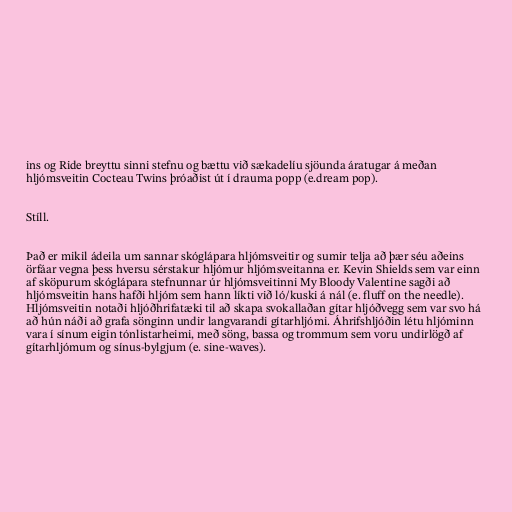
ins og Ride breyttu sinni stefnu og bættu við sækadelíu sjöunda áratugar á meðan
hljómsveitin Cocteau Twins þróaðist út í drauma popp (e.dream pop).

Stíll.

Það er mikil ádeila um sannar skóglápara hljómsveitir og sumir telja að þær séu aðeins
örfáar vegna þess hversu sérstakur hljómur hljómsveitanna er. Kevin Shields sem var einn
af sköpurum skóglápara stefnunnar úr hljómsveitinni My Bloody Valentine sagði að
hljómsveitin hans hafði hljóm sem hann líkti við ló/kuski á nál (e. fluff on the needle).
Hljómsveitin notaði hljóðhrifatæki til að skapa svokallaðan gítar hljóðvegg sem var svo há
að hún náði að grafa sönginn undir langvarandi gítarhljómi. Áhrifshljóðin létu hljóminn
vara í sínum eigin tónlistarheimi, með söng, bassa og trommum sem voru undirlögð af
gítarhljómum og sínus-bylgjum (e. sine-waves).